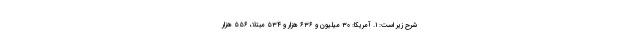
شرح زیر است: ۱. آمریکا: ۳۰ میلیون و ۶۳۶ هزار و ۵۳۴ مبتلا، ۵۵۶ هزار